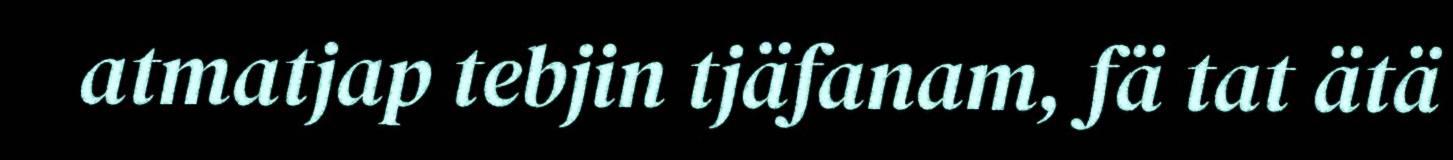
atmatjap tebjin tjäfanam, fä tat ätä